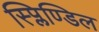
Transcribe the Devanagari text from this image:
स्प्लिण्डिल